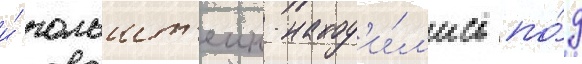
и́ гольшт'еин наход'и́л'ись по́д